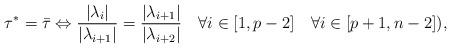
LaTeX: \begin{align*}\tau^*=\bar{\tau}\Leftrightarrow \dfrac{|\lambda_i|}{|\lambda_{i+1}|}=\dfrac{|\lambda_{i+1}|}{|\lambda_{i+2}|} \quad\forall i\in[1,p-2] \quad\forall i\in[p+1,n-2]),\end{align*}